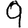
Digit: 9